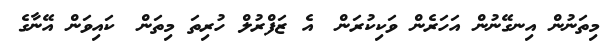
މިތަނުން އިނގޭނުން އަހަރެން ވަކިކުރަން? އެ ޒަފްރުލް ހުރިތަ މިތަން? ކައިވަން އޭނާގެ